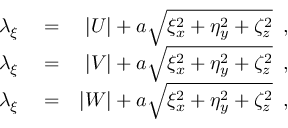
\begin{array} { r l r } { \lambda _ { \xi } } & { { } = } & { | U | + a \sqrt { \xi _ { x } ^ { 2 } + \eta _ { y } ^ { 2 } + \zeta _ { z } ^ { 2 } } \, \mathrm { ~ , ~ } } \\ { \lambda _ { \xi } } & { { } = } & { | V | + a \sqrt { \xi _ { x } ^ { 2 } + \eta _ { y } ^ { 2 } + \zeta _ { z } ^ { 2 } } \, \mathrm { ~ , ~ } } \\ { \lambda _ { \xi } } & { { } = } & { | W | + a \sqrt { \xi _ { x } ^ { 2 } + \eta _ { y } ^ { 2 } + \zeta _ { z } ^ { 2 } } \, \mathrm { ~ , ~ } } \end{array}